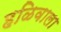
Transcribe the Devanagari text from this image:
हळिवाला